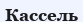
Кассель